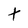
Character: t